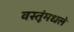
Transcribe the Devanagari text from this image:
वस्तूंमधले